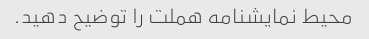
محیط نمایشنامه هملت را توضیح دهید.